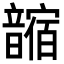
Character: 𩐼